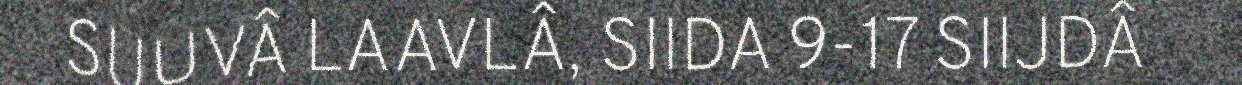
SUUVÂ LAAVLÂ, SIIDA 9-17 SIIJDÂ